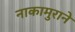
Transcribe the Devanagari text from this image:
नाकामुराने